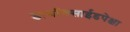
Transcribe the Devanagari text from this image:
डायॉक्साईडपेक्षा